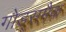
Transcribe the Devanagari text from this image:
गोड्समैक